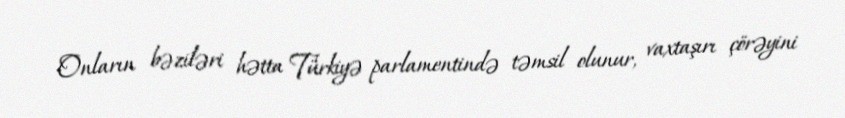
Onların bəziləri hətta Türkiyə parlamentində təmsil olunur, vaxtaşırı çörəyini